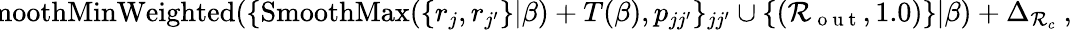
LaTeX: \! \! \! \! \! \! \! \! \! \! \! \! \! \! \! \! \! \! \! \! \! \! \! \! \! \! {\mathcal{R}_{\mathrm{{~i~n~}}}}=\operatorname{SmoothMinWeighted}(\{ \operatorname{SmoothMax}(\{ r_{j},r_{j^{\prime}}\} |\beta)+T(\beta),p_{jj^{\prime}}\} _{jj^{\prime}}\cup\{ ({\mathcal{R}_{\mathrm{{~o~u~t~}}}},1.0)\} |\beta)+\Delta_{\mathcal{R}_{c}}\mathrm{{~,~}}